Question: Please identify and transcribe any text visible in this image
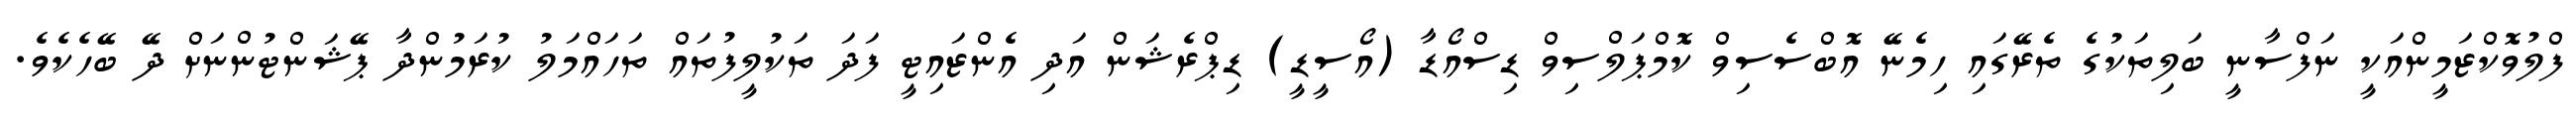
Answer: ފްލުވޮކްޒަމީންއަކީ ނަފްސާނީ ބަލިތަކުގެ ތެރޭގައި ހިމެނޭ އޮބްސެސިވް ކޮމްޕަލްސިވް ޑިސްއޯޑާ (އޯސީޑީ) ޑިޕްރެޝަން އަދި އެންޒައިޓީ ފަދަ ތަކުލީފުތައް ތަހައްމަލު ކުރަމުންދާ ޕޭޝަންޓުންނަށް ދޭ ބޭހެކެވެ.